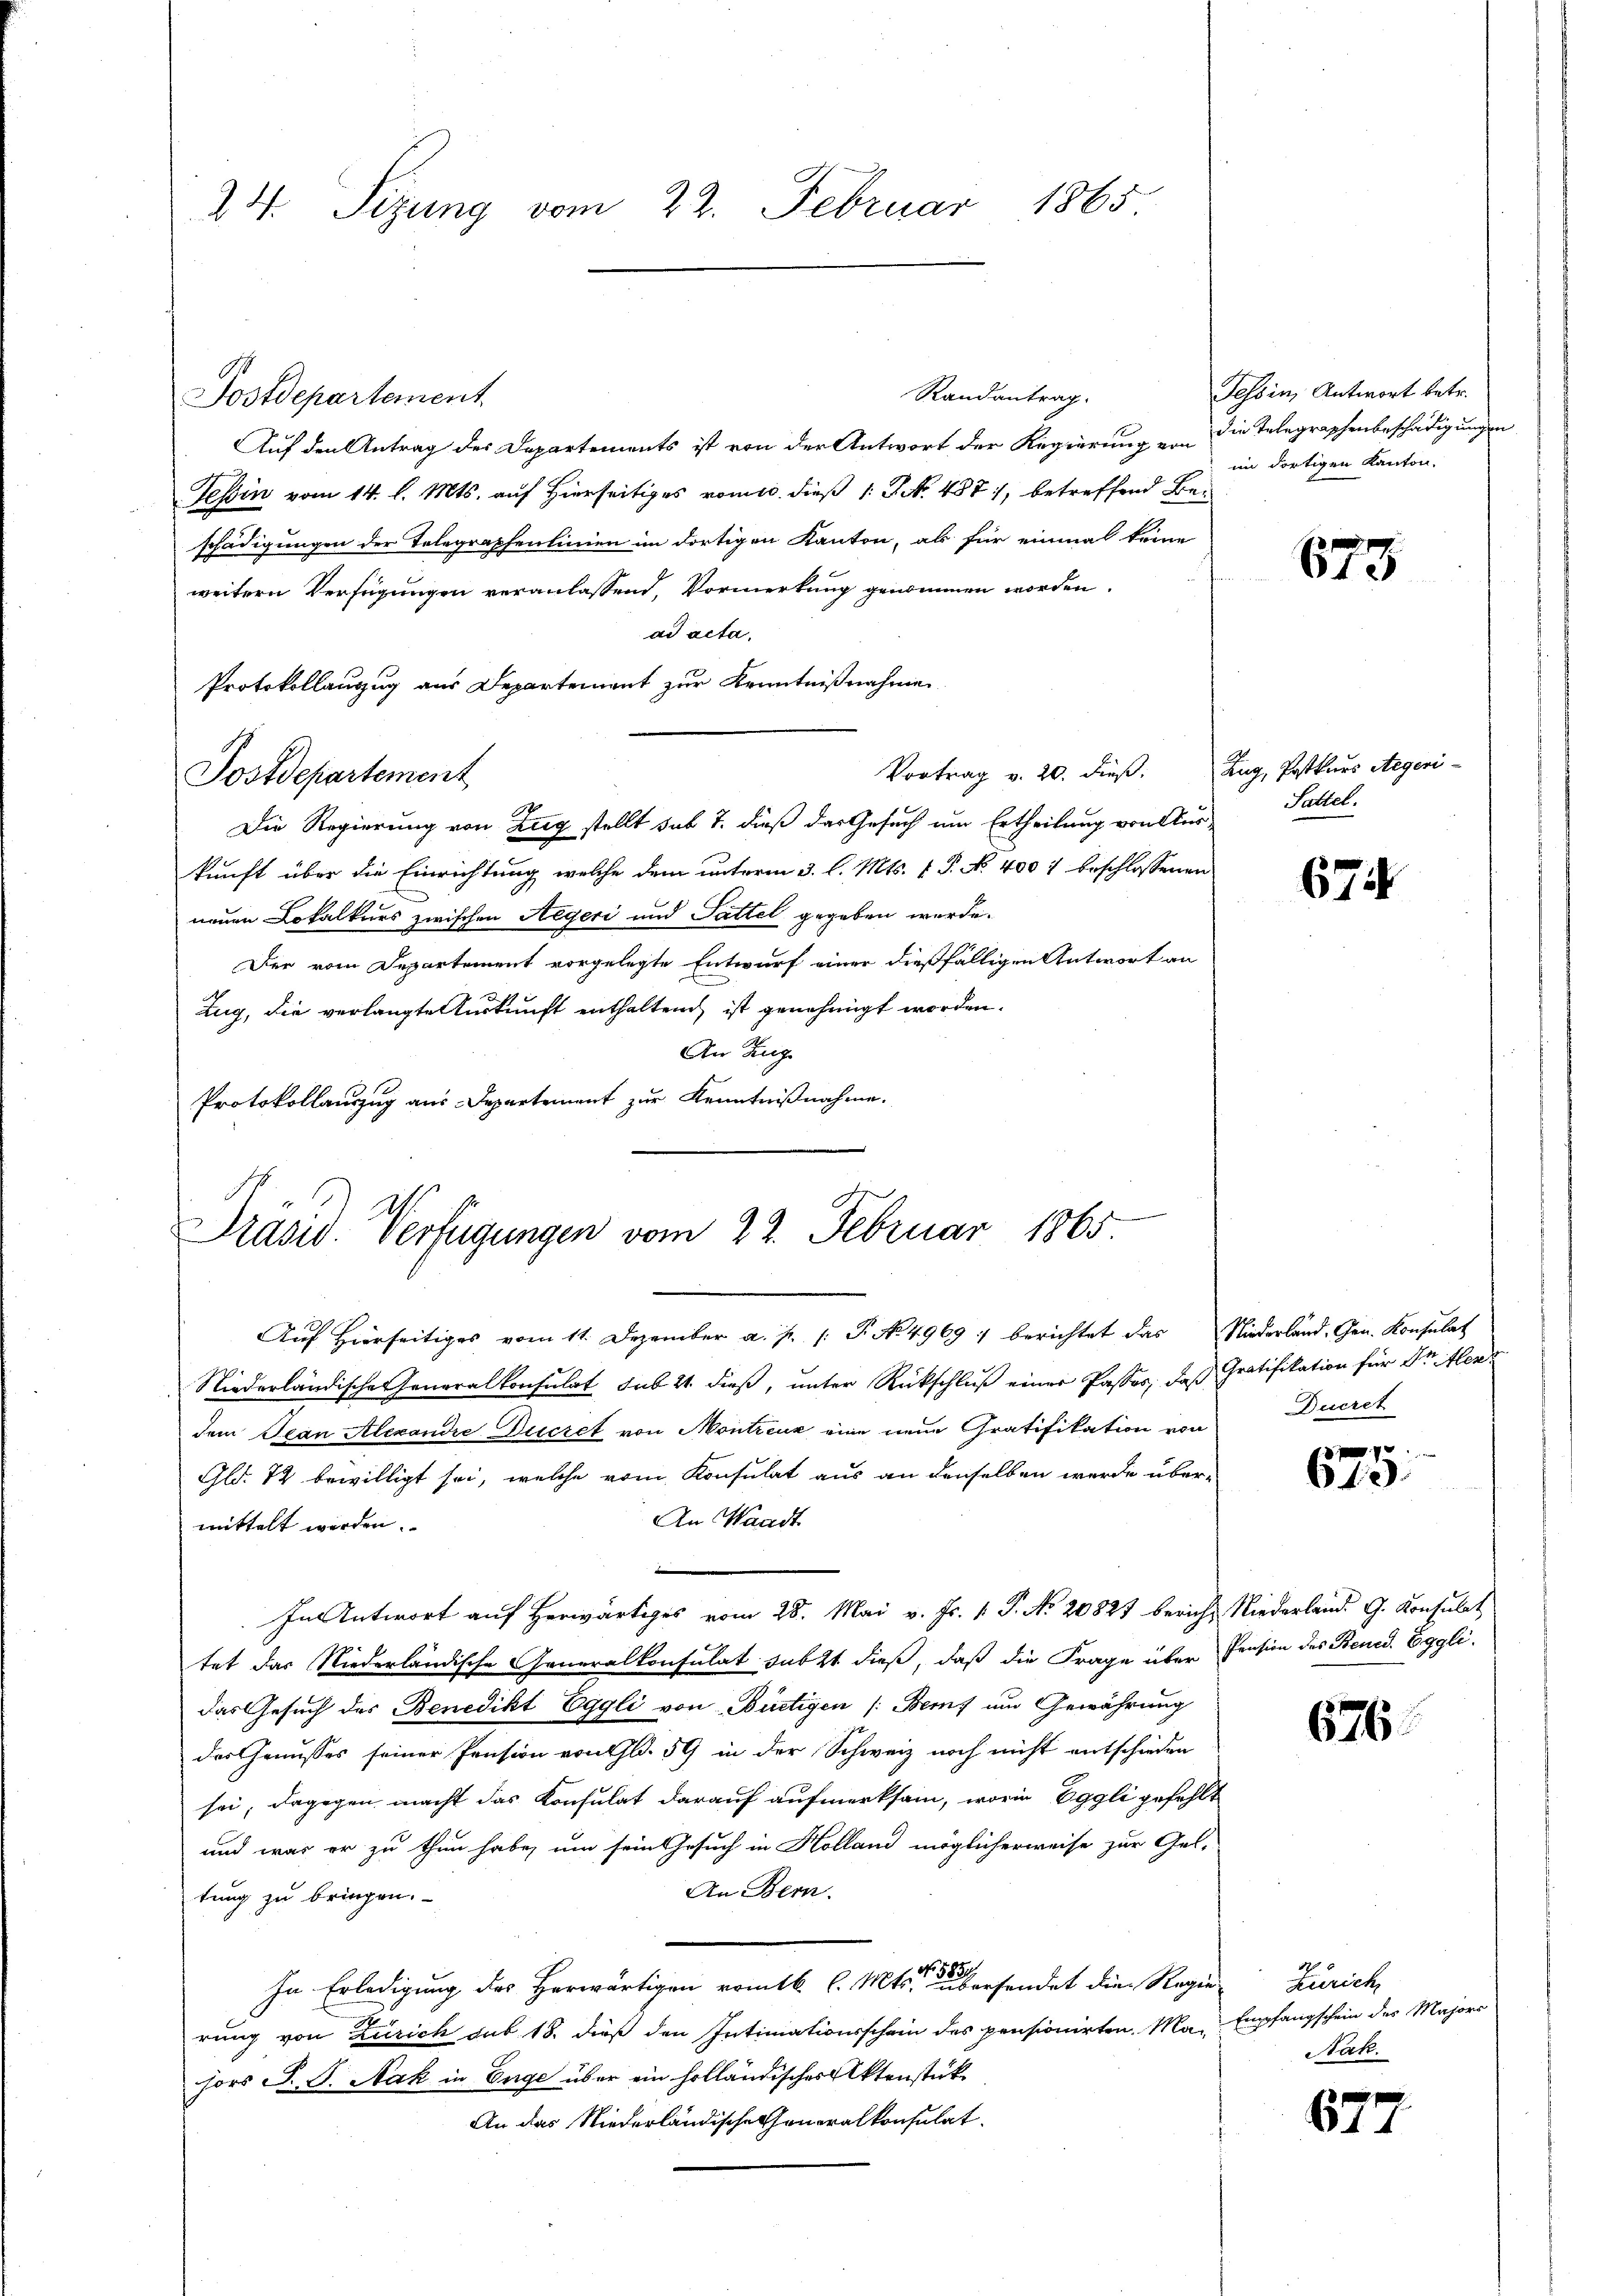
24. Sizung vom 22. Februar 1865.

Randantrag.
Postdepartement
Auf den Antrag des Departements ist von der Antwort der Regierung von die Telegraphenbeschädigungen
Tessin vom 14. l. Mts. auf Hierseitiges vom c. dieß 1: Pct. 487, betreffend Beschädigungen der Telegraphenlinien im dortigen Kanton, als für einmal keine
weitern Verfügungen veranlassend, Vormerkung genommen worden.
ad acta.
Protokollanzug aus Departement zur Kenntnißnahmen
Vortrag v. 20. dieß:
Die Regierung von Zug stellt sub 7. dieß das Gesuch um Ertheilung von Auskunft über die Einrichtung, welche dem unterm 3. l. Mts. v. P. No. 400 f beschlossenen
neuen Lokalkurs zwischen Aegeri und Sattel gegeben wurde.
Der vom Departement vorgelegte Entwurf einer dießfälligen Antwort an
Zug, die verlangte Auskunft enthaltend ist genehmigt worden.
An Zug
Protokollauszug aus Departement zur Kenntnißnahme.

Postdepartement

Präsid. Verfügungen vom 22. Februar 1865

Tessin, Antwort betr.
im dortigen Kanton.

Auf Hierseitiges vom 11. Dezember a. p. /: P. No 4969 :/ berichtet das Niederland, Gen. Konsulat
Niederländische Generalkonsulat sub 21. dieß, unter Rückschluß einer Passes, daß Gratifikation für Dr Alers
dem Jean Alexandre Decret von Montreuk eine neue Gratifikation von
Gld. 72 bewilligt sei, welche vom Konsulat aus an denselben werde über-
An Waadt
mittelt werden.
In Antwort auf herwärtiges vom 28. Mai v. Js. v. P. No. 20821 bericht Niederland. G. Konsulat
tet das Niederländische Generalkonsulat sub 2t dieß, daß die Frage über Pension des Bened. Eggli.
das Gesuch des Benedikt Eggli von Bürtigen (Bemf um Gewährung
des Genusses seiner Pension von Gl. 59 in der Schweiz noch nicht entschieden
sei; dagegen macht das Konsulat darauf aufmerksam, worin Eggli gefehlt
und war er zu thun habe, um sein Gesuch in Holland möglicherweise zur Gel-
An Bern.
tung zu bringen.
In Erledigung des Herwärtigen romtk. l. Mts. er übersendet die Regie
rung von Zürich sub 18. dieß den Intimationsschein des pensionirten Majors S. S. Nak in Enge über ein holländisches Aktenstück
An das Niederländische Generalkonsulat

6

3

Zug, Postkurs Stegeri¬
Sattel.

67

Ducret

7
642

676.

Zürich,
Empfangschein des Majors
Nak.

677